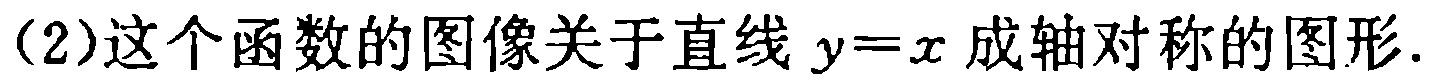
(2)这个函数的图像关于直线 \(y = x\) 成轴对称的图形.